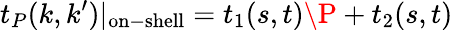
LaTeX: t_{P}(k,k^{\prime})|_{\mathrm{on-shell}}=t_{1}(s,t)\P+t_{2}(s,t)